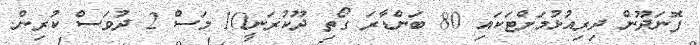
ފޮނަދޫން ދިރިއުޅުމަށްޓަކައި 80 ބަންޑާރަ ގޯތި ދޫކުރަނީ10 މަސް 2 ދުވަސް ކުރިން.